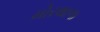
મોરથાળા